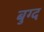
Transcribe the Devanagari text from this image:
बुग्द